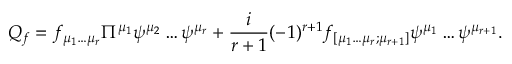
Q _ { f } = f _ { \mu _ { 1 } \dots \mu _ { r } } \Pi ^ { \mu _ { 1 } } \psi ^ { \mu _ { 2 } } \dots \psi ^ { \mu _ { r } } + \frac { i } { r + 1 } ( - 1 ) ^ { r + 1 } f _ { [ \mu _ { 1 } \dots \mu _ { r } ; \mu _ { r + 1 } ] } \psi ^ { \mu _ { 1 } } \dots \psi ^ { \mu _ { r + 1 } } . \nonumber